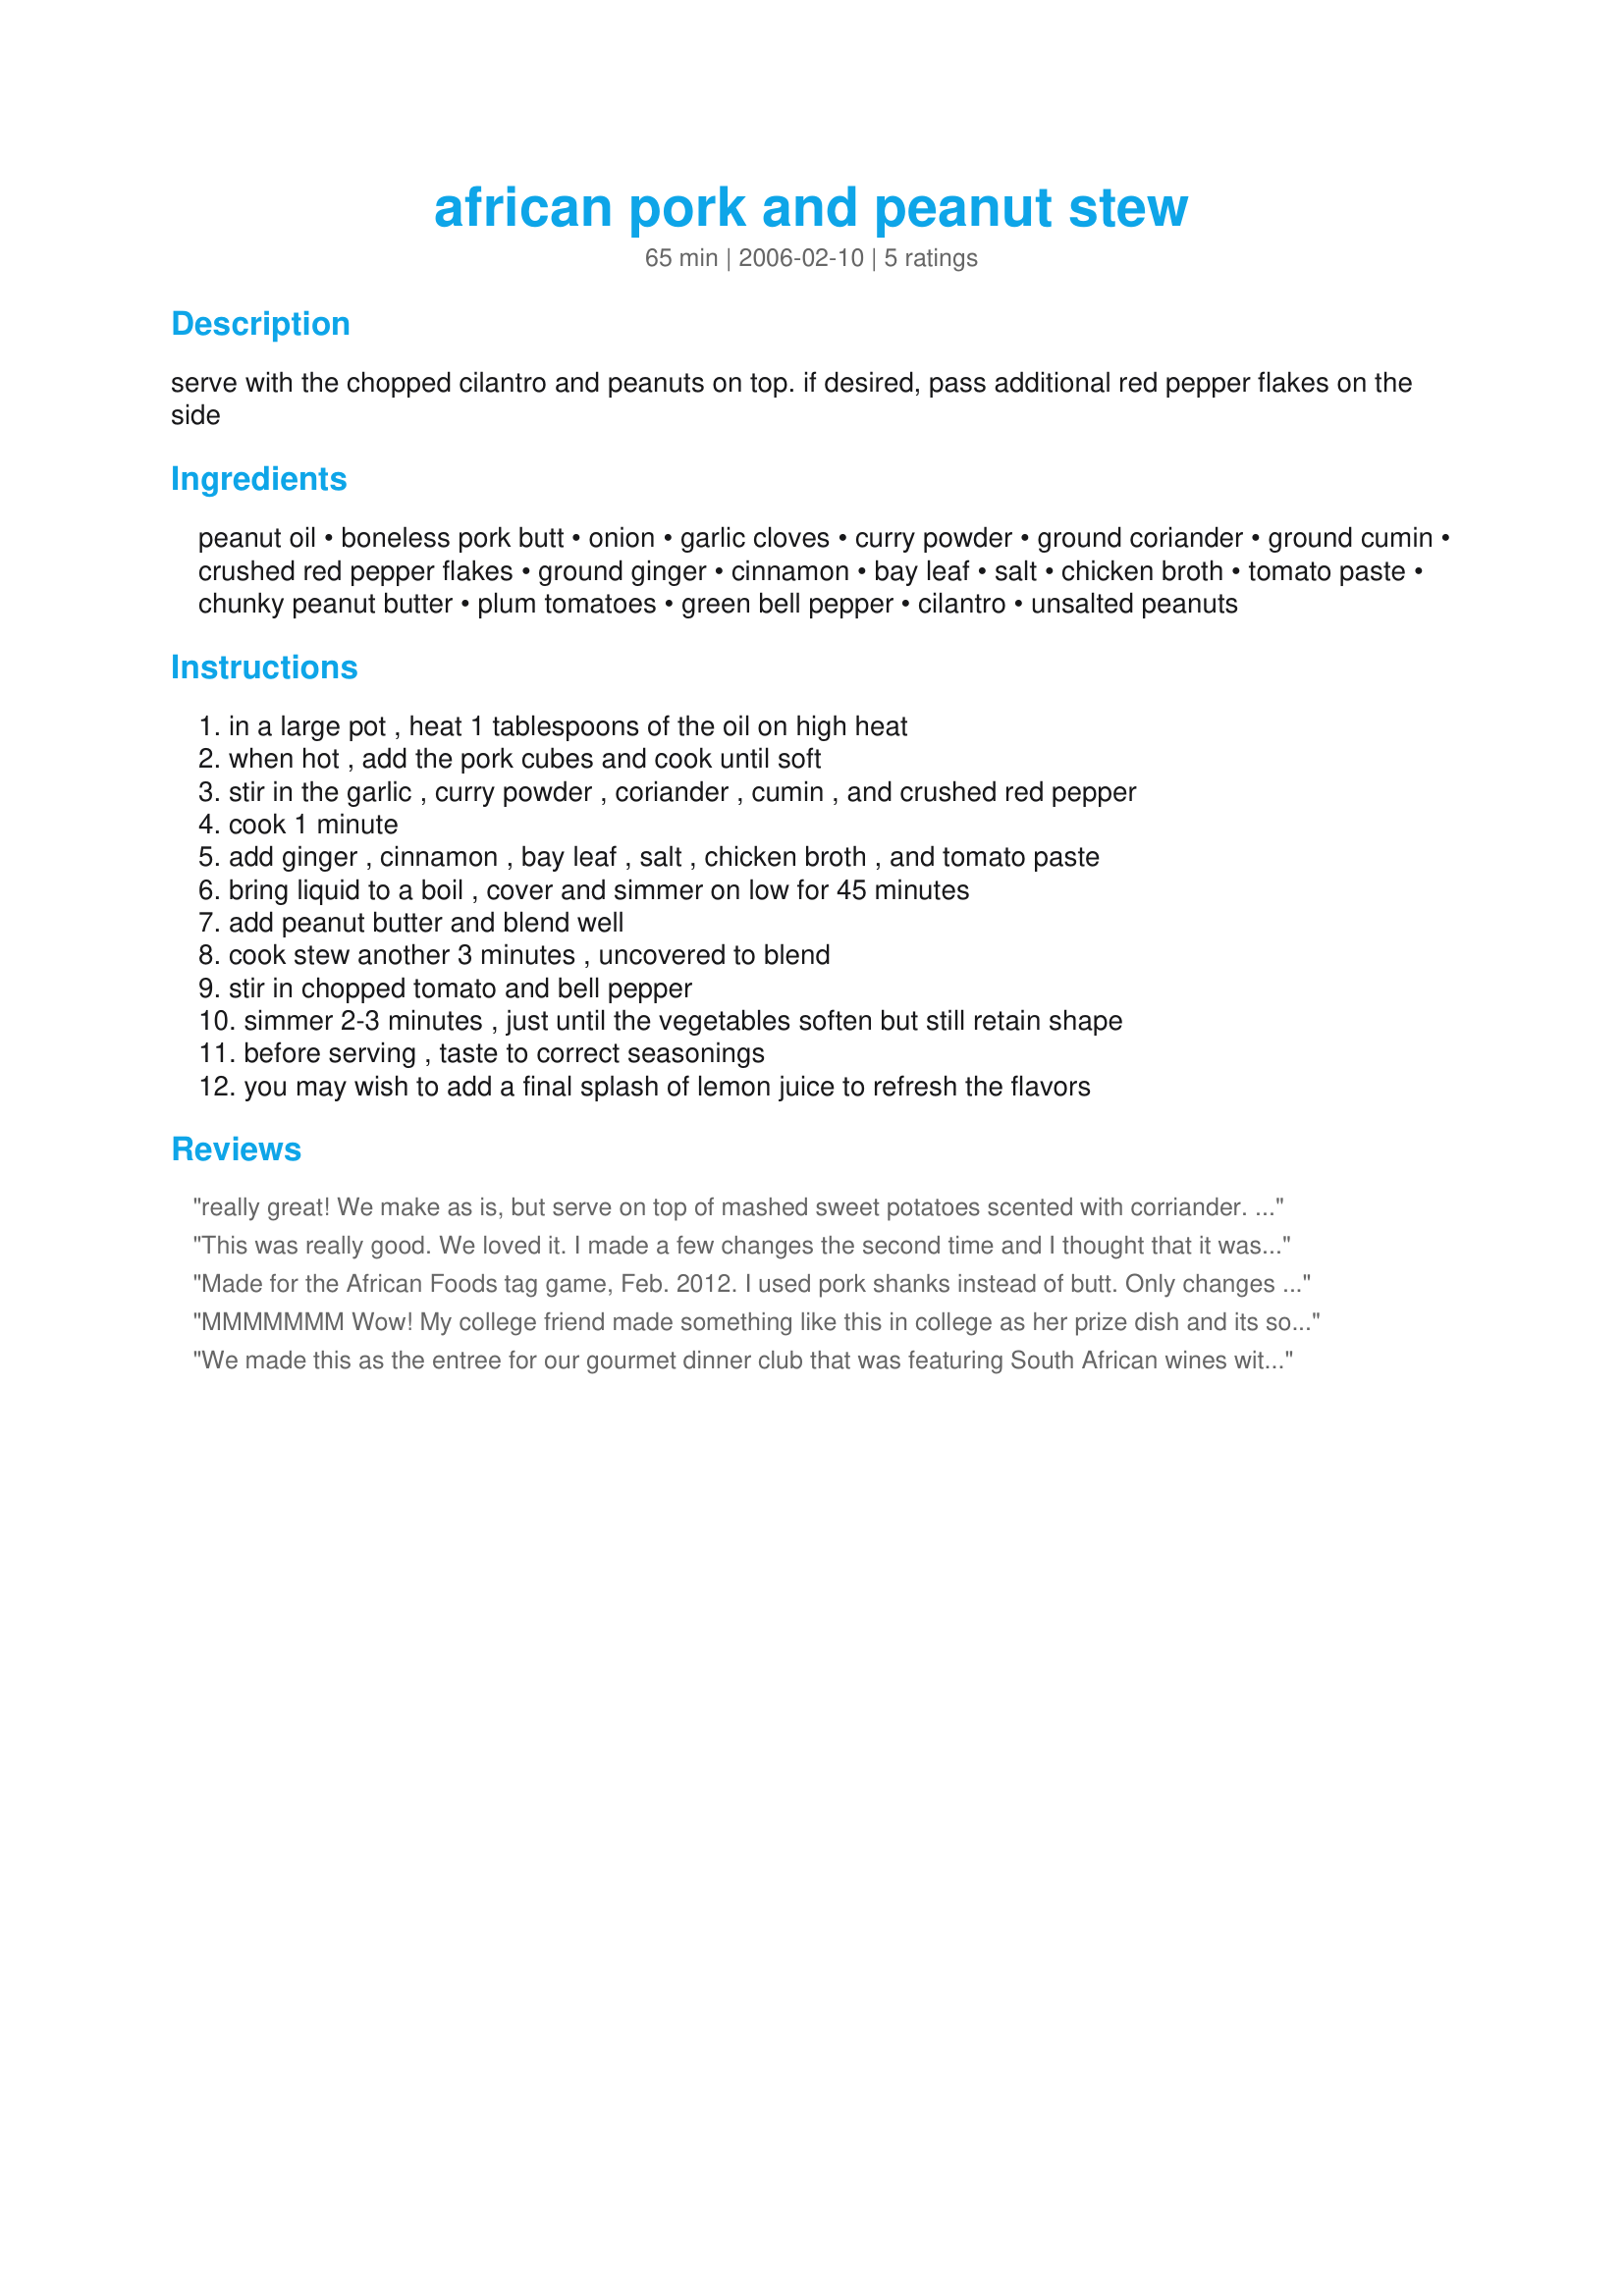
african pork and peanut stew
Preparation time: 65 minutes

serve with the chopped cilantro and peanuts on top. if desired, pass additional red pepper flakes on the side

Ingredients:
peanut oil, boneless pork butt, onion, garlic cloves, curry powder, ground coriander, ground cumin, crushed red pepper flakes, ground ginger, cinnamon, bay leaf, salt, chicken broth, tomato paste, chunky peanut butter, plum tomatoes, green bell pepper, cilantro, unsalted peanuts

Steps:
in a large pot , heat 1 tablespoons of the oil on high heat, when hot , add the pork cubes and cook until soft, stir in the garlic , curry powder , coriander , cumin , and crushed red pepper, cook 1 minute, add ginger , cinnamon , bay leaf , salt , chicken broth , and tomato paste, bring liquid to a boil , cover and simmer on low for 45 minutes, add peanut butter and blend well, cook stew another 3 minutes , uncovered to blend, stir in chopped tomato and bell pepper, simmer 2-3 minutes , just until the vegetables soften but still retain shape, before serving , taste to correct seasonings, you may wish to add a final splash of lemon juice to refresh the flavors

Reviews:
really great! We make as is, but serve on top of mashed sweet potatoes scented with corriander. Quite a tasty delight.
This was really good. We loved it. I made a few changes the second time and I thought that it was even better. The r&eacute;cipe doesn,t say what to do with the onion...I browned the pork in batches, then removed from pan, added the onion and cooked it until semi-soft. Then I put the pork back in with all of the dry spices(doubled) and the garlic and cooked for about a minute. I then added 3 cups of broth and followed the rest of the r&eacute;cipe. I did add 1 TB of Brown sugar and some lime or lemon juice to help lighten the flavor...Delicious!
Made for the African Foods tag game, Feb. 2012. I used pork shanks instead of butt. Only changes I made was to make sure all the spices got fried for a minute or 2 at the same time (before adding broth). Also, pork shanks slices have to simmer for at least 90 minutes so they are fork-soft. I also added some brown sugar near the end as another reviewer did. I love the peanut butter in these African dishes! And oh -- with 2lbs meat (1 kg to us) I did use more spices. One-quarter teaspoon cinnamon would be swamped ... also increased the cumin, curry, coriander and ginger. Sorry, did not photograph it due to my open-plan kitchen and people arriving at the crucial moment to see DH!! Never mind, this stew-type improves on waiting in a low oven! Even better when eaten the next day!
MMMMMMM Wow! My college friend made something like this in college as her prize dish and its soooo good! The only very important change I made was adding 2-4 tablespoons of brown sugar towards the end of the simmering. To me, that's essential. Thanks for the recipe!!
We made this as the entree for our gourmet dinner club that was featuring South African wines with a wine master. Coupled with 3men.com/south.htm#Yellow Rice with Raisins, it was an enormous hit! People asked for seconds and our teenage children devoured any and all leftovers the next day! Extremely easy to prepare. A definite keeper!
